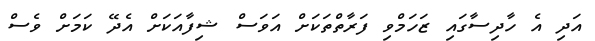
އަދި އެ ހާދިސާގައި ޒަހަމްވި ފަރާތްތަކަށް އަވަސް ޝިފާއަކަށް އެދޭ ކަމަށް ވެސް